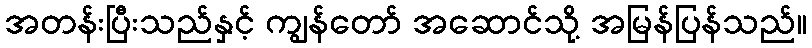
အတန်းပြီးသည်နှင့် ကျွန်တော် အဆောင်သို့ အမြန်ပြန်သည်။